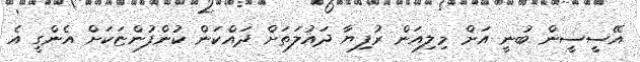
އޭސީސީން ބުނީ އަށް މިލިއަން ރުފިޔާ ދައުލަތަށް ދައްކަން ކުންފުންޏަކަށް އެންގީ އެ